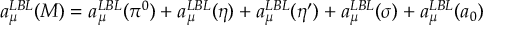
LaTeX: a _ { \mu } ^ { L B L } ( M ) = a _ { \mu } ^ { L B L } ( \pi ^ { 0 } ) + a _ { \mu } ^ { L B L } ( \eta ) + a _ { \mu } ^ { L B L } ( \eta ^ { \prime } ) + a _ { \mu } ^ { L B L } ( \sigma ) + a _ { \mu } ^ { L B L } ( a _ { 0 } )